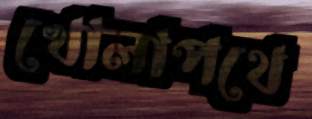
খোলাপথে